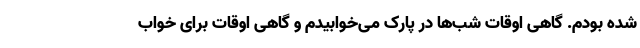
شده بودم. گاهی اوقات شب‌ها در پارک می‌خوابیدم و گاهی اوقات برای خواب